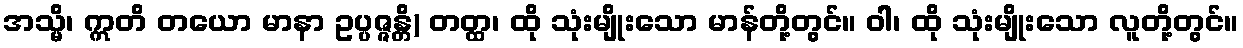
အသ္မိ၊ ဣတိ တယော မာနာ ဥပ္ပဇ္ဇန္တိ) တတ္ထ၊ ထို သုံးမျိုးသော မာန်တို့တွင်။ ဝါ၊ ထို သုံးမျိုးသော လူတို့တွင်။